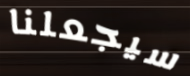
سيجعلنا